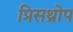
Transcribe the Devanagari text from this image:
प्रिसथ्रोप